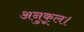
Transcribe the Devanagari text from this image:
अनुकूल।